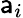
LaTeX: \mathsf{a}_{i}